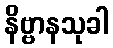
နိဗ္ဗာနသုခါ